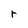
Character: r